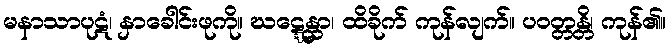
မနာသာပုဋံ၊ နှာခေါင်းဖုကို။ ဃဋ္ဋေန္တာ၊ ထိခိုက် ကုန်လျက်။ ပဝတ္တန္တိ၊ ကုန်၏။